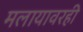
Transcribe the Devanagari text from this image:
मलायावरही